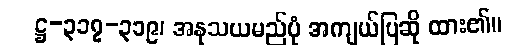
ဋ္ဌ-၃၁၇-၃၁၉၊ အနုသယမည်ပုံ အကျယ်ပြဆို ထား၏။